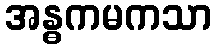
အန္ဓကမကသာ